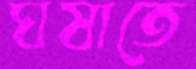
ঘষাতে